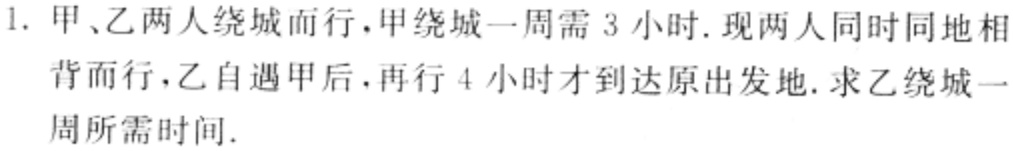
1. 甲、乙两人绕城而行，甲绕城一周需 3 小时. 现两人同时同地相背而行，乙自遇甲后，再行 4 小时才到达原出发地. 求乙绕城一周所需时间.